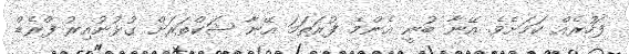
ފަހުރެއް ކަމަށެވެ. އޭނާ ބުނީ އެންމެ ފުރަތަމަ އޭނާ ޝަކްތަރަށް ގުޅުނުއިރު ފްރެޑް